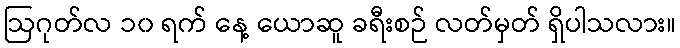
ဩဂုတ်လ ၁၀ ရက် နေ့ ယောဆူ ခရီးစဉ် လတ်မှတ် ရှိပါသလား။